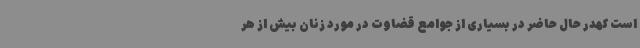
است کهدر حال حاضر در بسیاری از جوامع قضاوت در مورد زنان بیش از هر